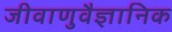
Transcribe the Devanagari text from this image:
जीवाणुवैज्ञानिक